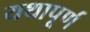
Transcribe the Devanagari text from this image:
यथापूर्ण